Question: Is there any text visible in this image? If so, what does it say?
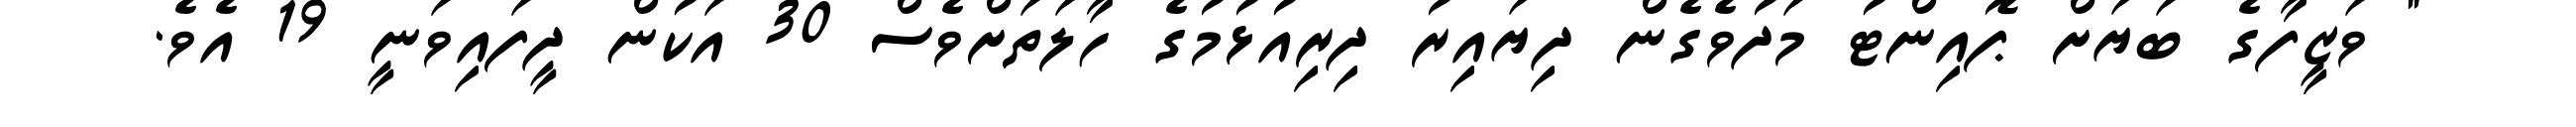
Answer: " ވަޒީފާގެ ބަޔަށް ޕޮއިންޓު މަދުވެގެން ދިޔައިރު ދިރިއުޅުމުގެ ހާލަތަށްވެސް 30 އަކުން ދީފައިވަނީ 19 އެވެ.